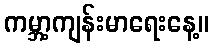
ကမ္ဘာ့ကျန်းမာရေးနေ့။